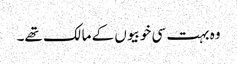
وہ بہت سی خوبیوں کے مالک تھے۔